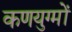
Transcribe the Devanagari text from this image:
कणयुग्मों